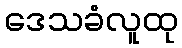
ဒေသခံလူထု